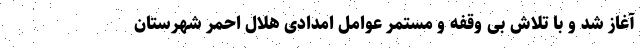
آغاز شد و با تلاش بی وقفه و مستمر عوامل امدادی هلال احمر شهرستان